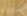
ستزداد